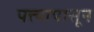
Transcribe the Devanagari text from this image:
पत्त्यापासून